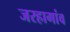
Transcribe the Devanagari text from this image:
जरहागांव